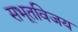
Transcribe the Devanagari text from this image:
सभूतविजय